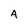
Character: A